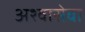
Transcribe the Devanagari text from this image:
अश्वासेवा